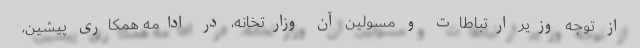
از توجه وزیر ارتباطات و مسولین آن وزارتخانه، در ادامه همکاری پیشین،